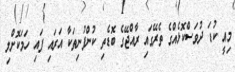
މިއީ ކުޑަ ދުވަސްކޮޅެއްގެ ތެރޭގައި ރާއްޖޭގެ ބޮޑެތި ކުންފުނިތަކާ އަރައި ފައި ހަމަކޮށްލި